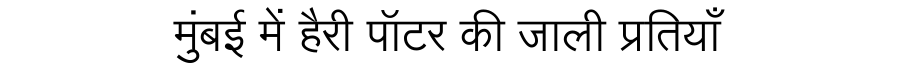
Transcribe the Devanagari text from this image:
मुंबई में हैरी पॉटर की जाली प्रतियाँ